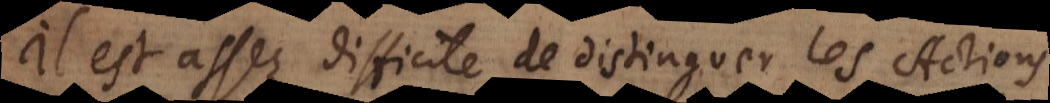
Il est assez difficile de distinguer les Actions